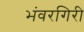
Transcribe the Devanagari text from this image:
भंवरगिरी